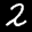
Label: 2